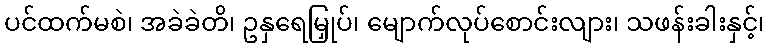
ပင်ထက်မစဲ၊ အခဲခဲတိ၊ ဥနှရေမြှုပ်၊ မျောက်လုပ်စောင်းလျား၊ သဖန်းခါးနှင့်၊